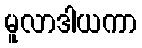
မူလာဒါယကာ